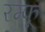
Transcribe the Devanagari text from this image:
रम्फू